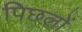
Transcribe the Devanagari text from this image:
पिछलों